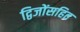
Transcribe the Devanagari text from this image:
द्विजोंसहित